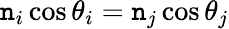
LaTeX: \mathtt{n}_{i}\cos\theta_{i}=\mathtt{n}_{j}\cos\theta_{j}